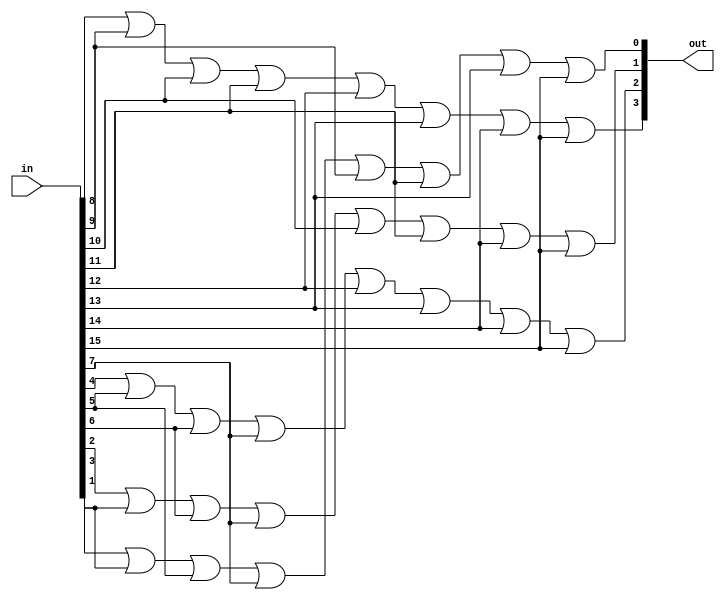
//164
`ifndef ENCODER16TO4_V_INCLUDED
	`define ENCODER16TO4_V_INCLUDED
	`timescale 1ns / 100ps

	module encoder16to4(out, in);
		input [15:0]in;
		output [3:0]out;

		assign out[3] /*8*/= in[8] | in[9] | in[10] | in[11] | in[12] | in[13] | in[14] | in[15];
		assign out[2] /*4*/= in[4] | in[5] | in[6] | in[7] | in[12] | in[13] | in[14] | in[15];
		assign out[1] /*2*/= in[2] | in[3] | in[6] | in[7] | in[10] | in[11] | in[14] | in[15];
		assign out[0] /*1*/= in[1] | in[3] | in[5] | in[7] | in[9] | in[11] | in[13]  | in[15];
	endmodule
`endif